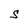
Character: S